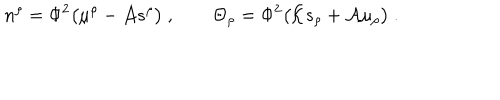
LaTeX: n ^ { \rho } = \Phi ^ { 2 } \big ( \mu ^ { \rho } - { \cal A } s ^ { \rho } \big ) \ , \qquad \Theta _ { \rho } = \Phi ^ { 2 } \big ( { \cal K } s _ { \rho } + { \cal A } \mu _ { \rho } \big ) \ .